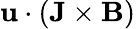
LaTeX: \mathbf{u}\cdot(\mathbf{J}\times\mathbf{B})